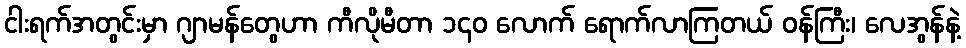
ငါးရက်အတွင်းမှာ ဂျာမန်တွေဟာ ကီလိုမီတာ ၁၄၀ လောက် ရောက်လာကြတယ် ဝန်ကြီး၊ လေအွန်နဲ့